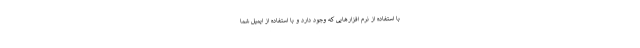
با استفاده از نرم افزارهایی که وجود دارد و با استفاده از ایمیل شما